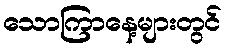
သောကြာနေ့များတွင်